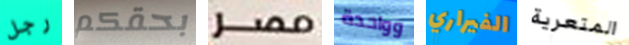
رجل بحقكم مصر وواحدة الفيراري المتعرية